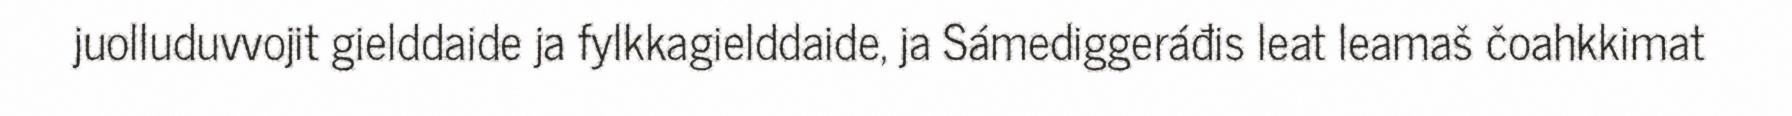
juolluduvvojit gielddaide ja fylkkagielddaide, ja Sámediggeráđis leat leamaš čoahkkimat